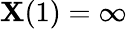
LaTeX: \mathbf{X}(1)=\infty